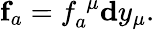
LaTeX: \mathbf{f}_{a}=f_{a}^{\; \mu}\mathbf{d}y_{\mu}.